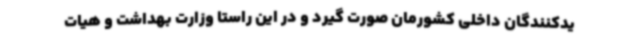
یدکنندگان داخلی کشورمان صورت گیرد و در این راستا وزارت بهداشت و هیات